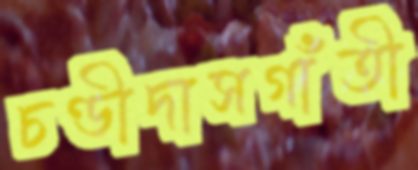
চণ্ডীদাসগাঁতী